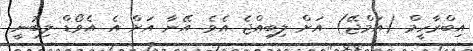
އިބްރާހީމް (އަމްޖޭ) އަށް ލިބިއްޖެ އެވެ. އޭނާ އަށް އެ އެވޯޑް ލިބުނީ